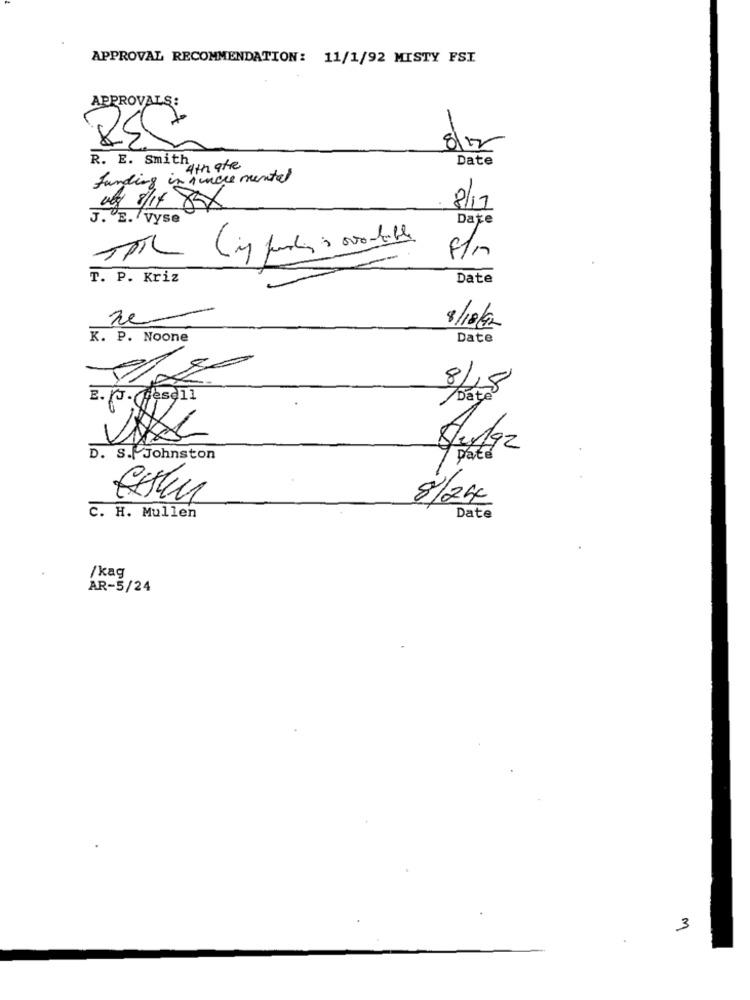
APPROVAL RECOMMENDATION: 11/1/92 MISTY FSI
APPROVALS:
-10
R. E. smith
Date
4th ate
funding in Aincre mented
06/ 8/14 83x
8/17
J. E. vyse
Date
T. P. Kriz
Date
ne
8/18/92
K. P. Noone
Date
8/18
E. J. Wesell
Date
D. S. Johnston
8/24
C. H. Mullen
Date
/kag
AR-5/24
3